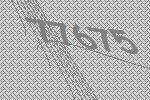
77675